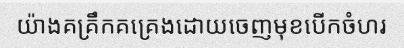
យ៉ាងគគ្រឹកគគ្រេងដោយចេញមុខបើកចំហរ